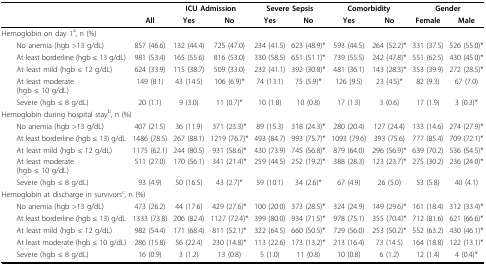
<table><thead><tr><td colspan="2"></td><td></td><td colspan="2"><b>ICU Admission</b></td><td colspan="2"><b>Severe Sepsis</b></td><td colspan="2"><b>Comorbidity</b></td><td colspan="2"><b>Gender</b></td></tr><tr><td colspan="2"></td><td><b>All</b></td><td><b>Yes</b></td><td><b>No</b></td><td><b>Yes</b></td><td><b>No</b></td><td><b>Yes</b></td><td><b>No</b></td><td><b>Female</b></td><td><b>Male</b></td></tr></thead><tbody><tr><td colspan="2">Hemoglobin on day 1<sup>a</sup>, n (%)</td><td></td><td></td><td></td><td></td><td></td><td></td><td></td><td></td><td></td></tr><tr><td colspan="2"> No anemia (hgb &gt;13 g/dL)</td><td>857(46.6)</td><td>132(44.4)</td><td>725(47.0)</td><td>234(41.5)</td><td>623(48.9)*</td><td>593(44.5)</td><td>264(52.2)*</td><td>331(37.5)</td><td>526(55.0)*</td></tr><tr><td colspan="2"> At least borderline (hgb ≤ 13 g/dL)</td><td>981(53.4)</td><td>165(55.6)</td><td>816(53.0)</td><td>330(58.5)</td><td>651(51.1)*</td><td>739(55.5)</td><td>242(47.8)*</td><td>551(62.5)</td><td>430(45.0)*</td></tr><tr><td colspan="2"> At least mild (hgb ≤ 12 g/dL)</td><td>624(33.9)</td><td>115(38.7)</td><td>509(33.0)</td><td>232(41.1)</td><td>392(30.8)*</td><td>481(36.1)</td><td>143(28.3)*</td><td>353(39.9)</td><td>272(28.5)*</td></tr><tr><td colspan="2"> At least moderate (hgb ≤ 10 g/dL)</td><td>149(8.1)</td><td>43(14.5)</td><td>106(6.9)*</td><td>74(13.1)</td><td>75(5.9)*</td><td>126(9.5)</td><td>23(4.5)*</td><td>82(9.3)</td><td>67(7.0)</td></tr><tr><td colspan="2"> Severe (hgb ≤ 8 g/dL)</td><td>20(1.1)</td><td>9(3.0)</td><td>11(0.7)*</td><td>10(1.8)</td><td>10(0.8)</td><td>17(1.3)</td><td>3(0.6)</td><td>17(1.9)</td><td>3(0.3)*</td></tr><tr><td colspan="3">Hemoglobin during hospital stay<sup>b</sup>, n (%)</td><td></td><td></td><td></td><td></td><td></td><td></td><td></td><td></td></tr><tr><td colspan="2"> No anemia (hgb &gt;13 g/dL)</td><td>407(21.5)</td><td>36(11.9)</td><td>371(23.3)*</td><td>89(15.3)</td><td>318(24.3)*</td><td>280(20.4)</td><td>127(24.4)</td><td>133(14.6)</td><td>274(27.9)*</td></tr><tr><td colspan="2"> At least borderline (hgb ≤ 13) g/dL</td><td>1486(78.5)</td><td>267(88.1)</td><td>1219(76.7)*</td><td>493(84.7)</td><td>993(75.7)*</td><td>1093(79.6)</td><td>393(75.6)</td><td>777(85.4)</td><td>709(72.1)*</td></tr><tr><td colspan="2"> At least mild (hgb ≤ 12 g/dL)</td><td>1175(62.1)</td><td>244(80.5)</td><td>931(58.6)*</td><td>430(73.9)</td><td>745(56.8)*</td><td>879(64.0)</td><td>296(56.9)*</td><td>639(70.2)</td><td>536(54.5)*</td></tr><tr><td colspan="2"> At least moderate (hgb ≤ 10 g/dL)</td><td>511(27.0)</td><td>170(56.1)</td><td>341(21.4)*</td><td>259(44.5)</td><td>252(19.2)*</td><td>388(28.3)</td><td>123(23.7)*</td><td>275(30.2)</td><td>236(24.0)*</td></tr><tr><td colspan="2"> Severe (hgb ≤ 8 g/dL)</td><td>93(4.9)</td><td>50(16.5)</td><td>43(2.7)*</td><td>59(10.1)</td><td>34(2.6)*</td><td>67(4.9)</td><td>26(5.0)</td><td>53(5.8)</td><td>40(4.1)</td></tr><tr><td colspan="3">Hemoglobin at discharge in survivors<sup>c</sup>, n (%)</td><td></td><td></td><td></td><td></td><td></td><td></td><td></td><td></td></tr><tr><td colspan="2"> No anemia (hgb &gt;13 g/dL)</td><td>473(26.2)</td><td>44(17.6)</td><td>429(27.6)*</td><td>100(20.0)</td><td>373(28.5)*</td><td>324(24.9)</td><td>149(29.6)*</td><td>161(18.4)</td><td>312(33.4)*</td></tr><tr><td colspan="2"> At least borderline (hgb ≤ 13) g/dL</td><td>1333(73.8)</td><td>206(82.4)</td><td>1127(72.4)*</td><td>399(80.0)</td><td>934(71.5)*</td><td>978(75.1)</td><td>355(70.4)*</td><td>712(81.6)</td><td>621(66.6)*</td></tr><tr><td colspan="2"> At least mild (hgb ≤ 12 g/dL)</td><td>982(54.4)</td><td>171(68.4)</td><td>811(52.1)*</td><td>322(64.5)</td><td>660(50.5)*</td><td>729(56.0)</td><td>253(50.2)*</td><td>552(63.2)</td><td>430(46.1)*</td></tr><tr><td colspan="2"> At least moderate (hgb ≤ 10 g/dL)</td><td>286(15.8)</td><td>56(22.4)</td><td>230(14.8)*</td><td>113(22.6)</td><td>173(13.2)*</td><td>213(16.4)</td><td>73(14.5)</td><td>164(18.8)</td><td>122(13.1)*</td></tr><tr><td colspan="2"> Severe (hgb ≤ 8 g/dL)</td><td>16(0.9)</td><td>3(1.2)</td><td>13(0.8)</td><td>5(1.0)</td><td>11(0.8)</td><td>10(0.8)</td><td>6(1.2)</td><td>12(1.4)</td><td>4(0.4)*</td></tr></tbody></table>